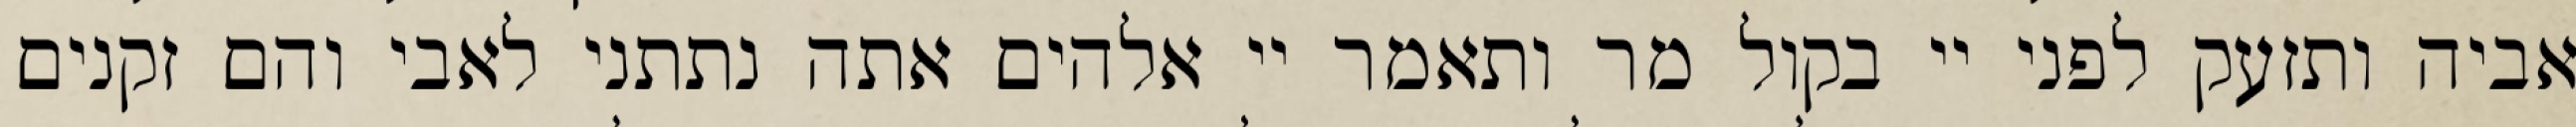
אביה ותזעק לפני יי בקול מר ותאמר יי אלהים אתה נתתני לאבי והם זקנים